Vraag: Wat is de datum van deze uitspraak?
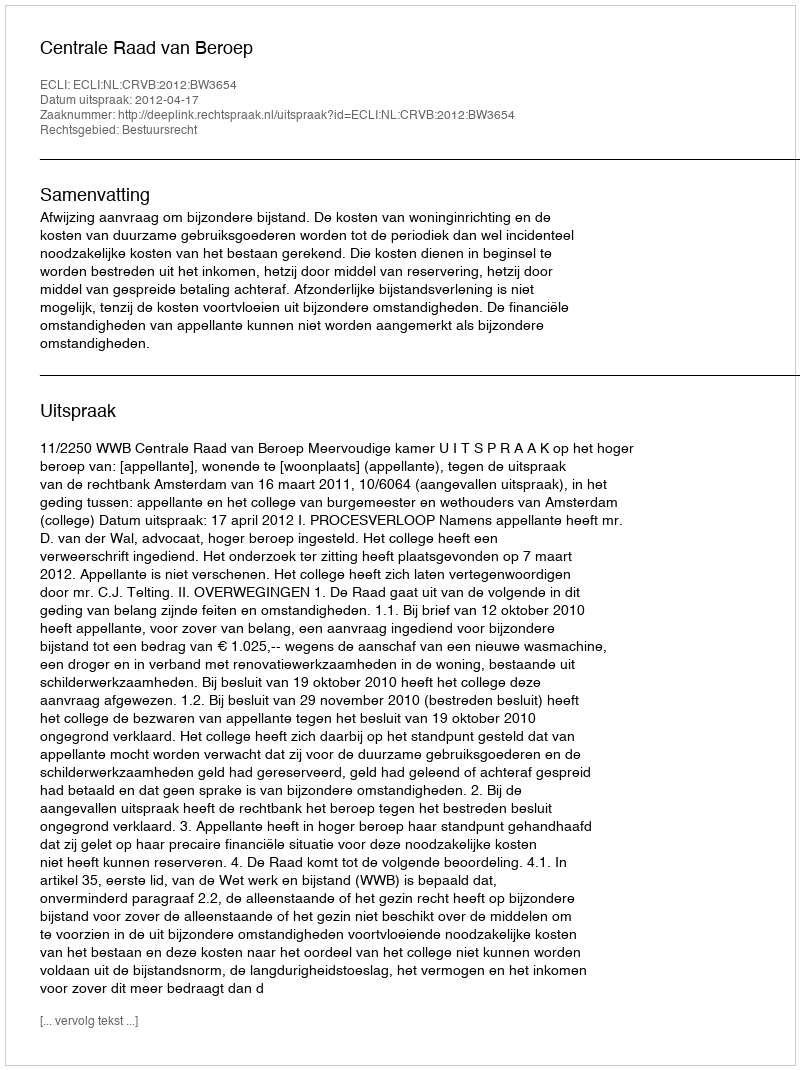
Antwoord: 2012-04-17